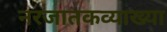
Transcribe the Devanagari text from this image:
नरजातकव्याख्या